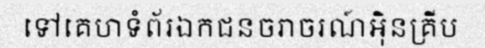
ទៅគេហទំព័រឯកជនចរាចរណ៍អ៊ិនគ្រីប